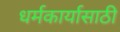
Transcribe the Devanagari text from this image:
धर्मकार्यासाठी